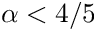
\alpha < 4 / 5